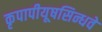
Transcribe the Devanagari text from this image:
कृपापीयूषसिन्धवे